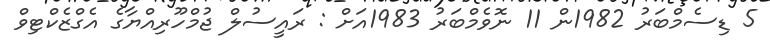
5 ޑިސެމްބަރު 1982ން 11 ނޮވެމްބަރު 1983އަށް : ރައީސުލް ޖުމްހޫރިއްޔާގެ އެގްޒެކްޓިވް